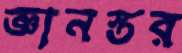
জ্ঞানস্তর